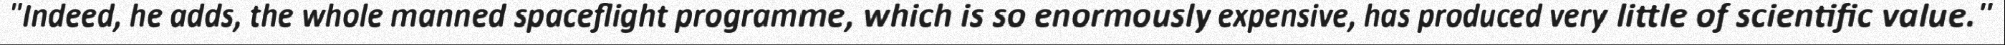
"Indeed, he adds, the whole manned spaceflight programme, which is so enormously expensive, has produced very little of scientific value."